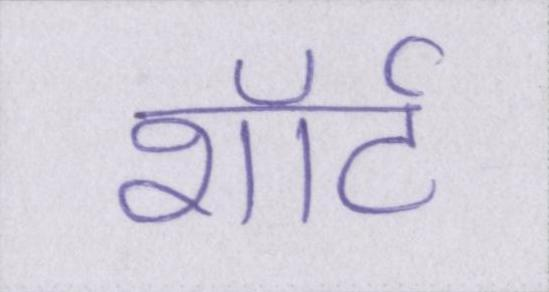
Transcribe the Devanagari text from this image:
शॉर्ट